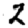
Digit: 2